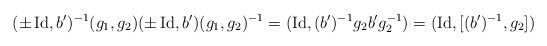
\begin{align*}(\pm \operatorname{Id},b')^{-1}(g_1,g_2)(\pm \operatorname{Id},b')(g_1,g_2)^{-1}=(\operatorname{Id},(b')^{-1}g_2b'g_2^{-1})=(\operatorname{Id},[(b')^{-1},g_2])\end{align*}